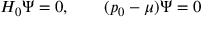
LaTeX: H _ { 0 } \Psi = 0 , \qquad ( p _ { 0 } - \mu ) \Psi = 0